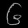
Digit: ၆